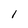
Character: l